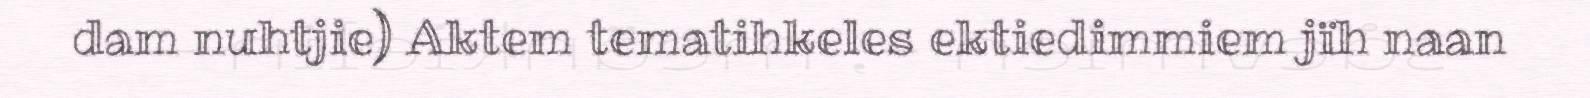
dam nuhtjie) Aktem tematihkeles ektiedimmiem jïh naan